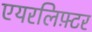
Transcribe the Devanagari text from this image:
एयरलिफ़्टर